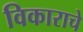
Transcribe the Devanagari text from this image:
विकाराचे